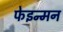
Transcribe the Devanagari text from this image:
फेइन्मन